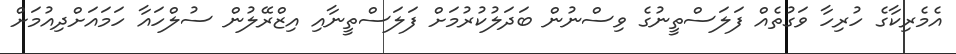
އެމެރިކާގެ ހުރިހާ ވަގުތެއް ފަލަސްތީނުގެ ވިސްނުން ބަދަލުކުރުމަށް ފަލަސްތީނާއި އިޒްރޭލުން ސުލްހައާ ހަމައަށްދިއުމަށް